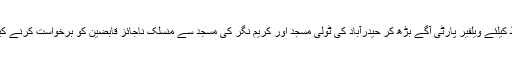
اوقاف کی جائیداد کے تحفظ کیلئے ویلفیر پارٹی آگے بڑھ کر حیدرآباد کی ٹولی مسجد اور کریم نگر کی مسجد سے منسلک ناجائز قابضین کو برخواست کرنے کیلئے نمائندگی کررہی ہے ۔